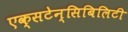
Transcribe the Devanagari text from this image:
एक्सटेन्सिबिलिटी